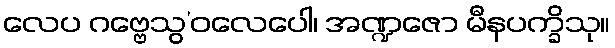
လေပ ဂဗ္ဗေသွ’ဝလေပေါ၊ အဏ္ဍဇော မီနပက္ခိသု။